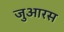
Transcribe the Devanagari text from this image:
जुआरस